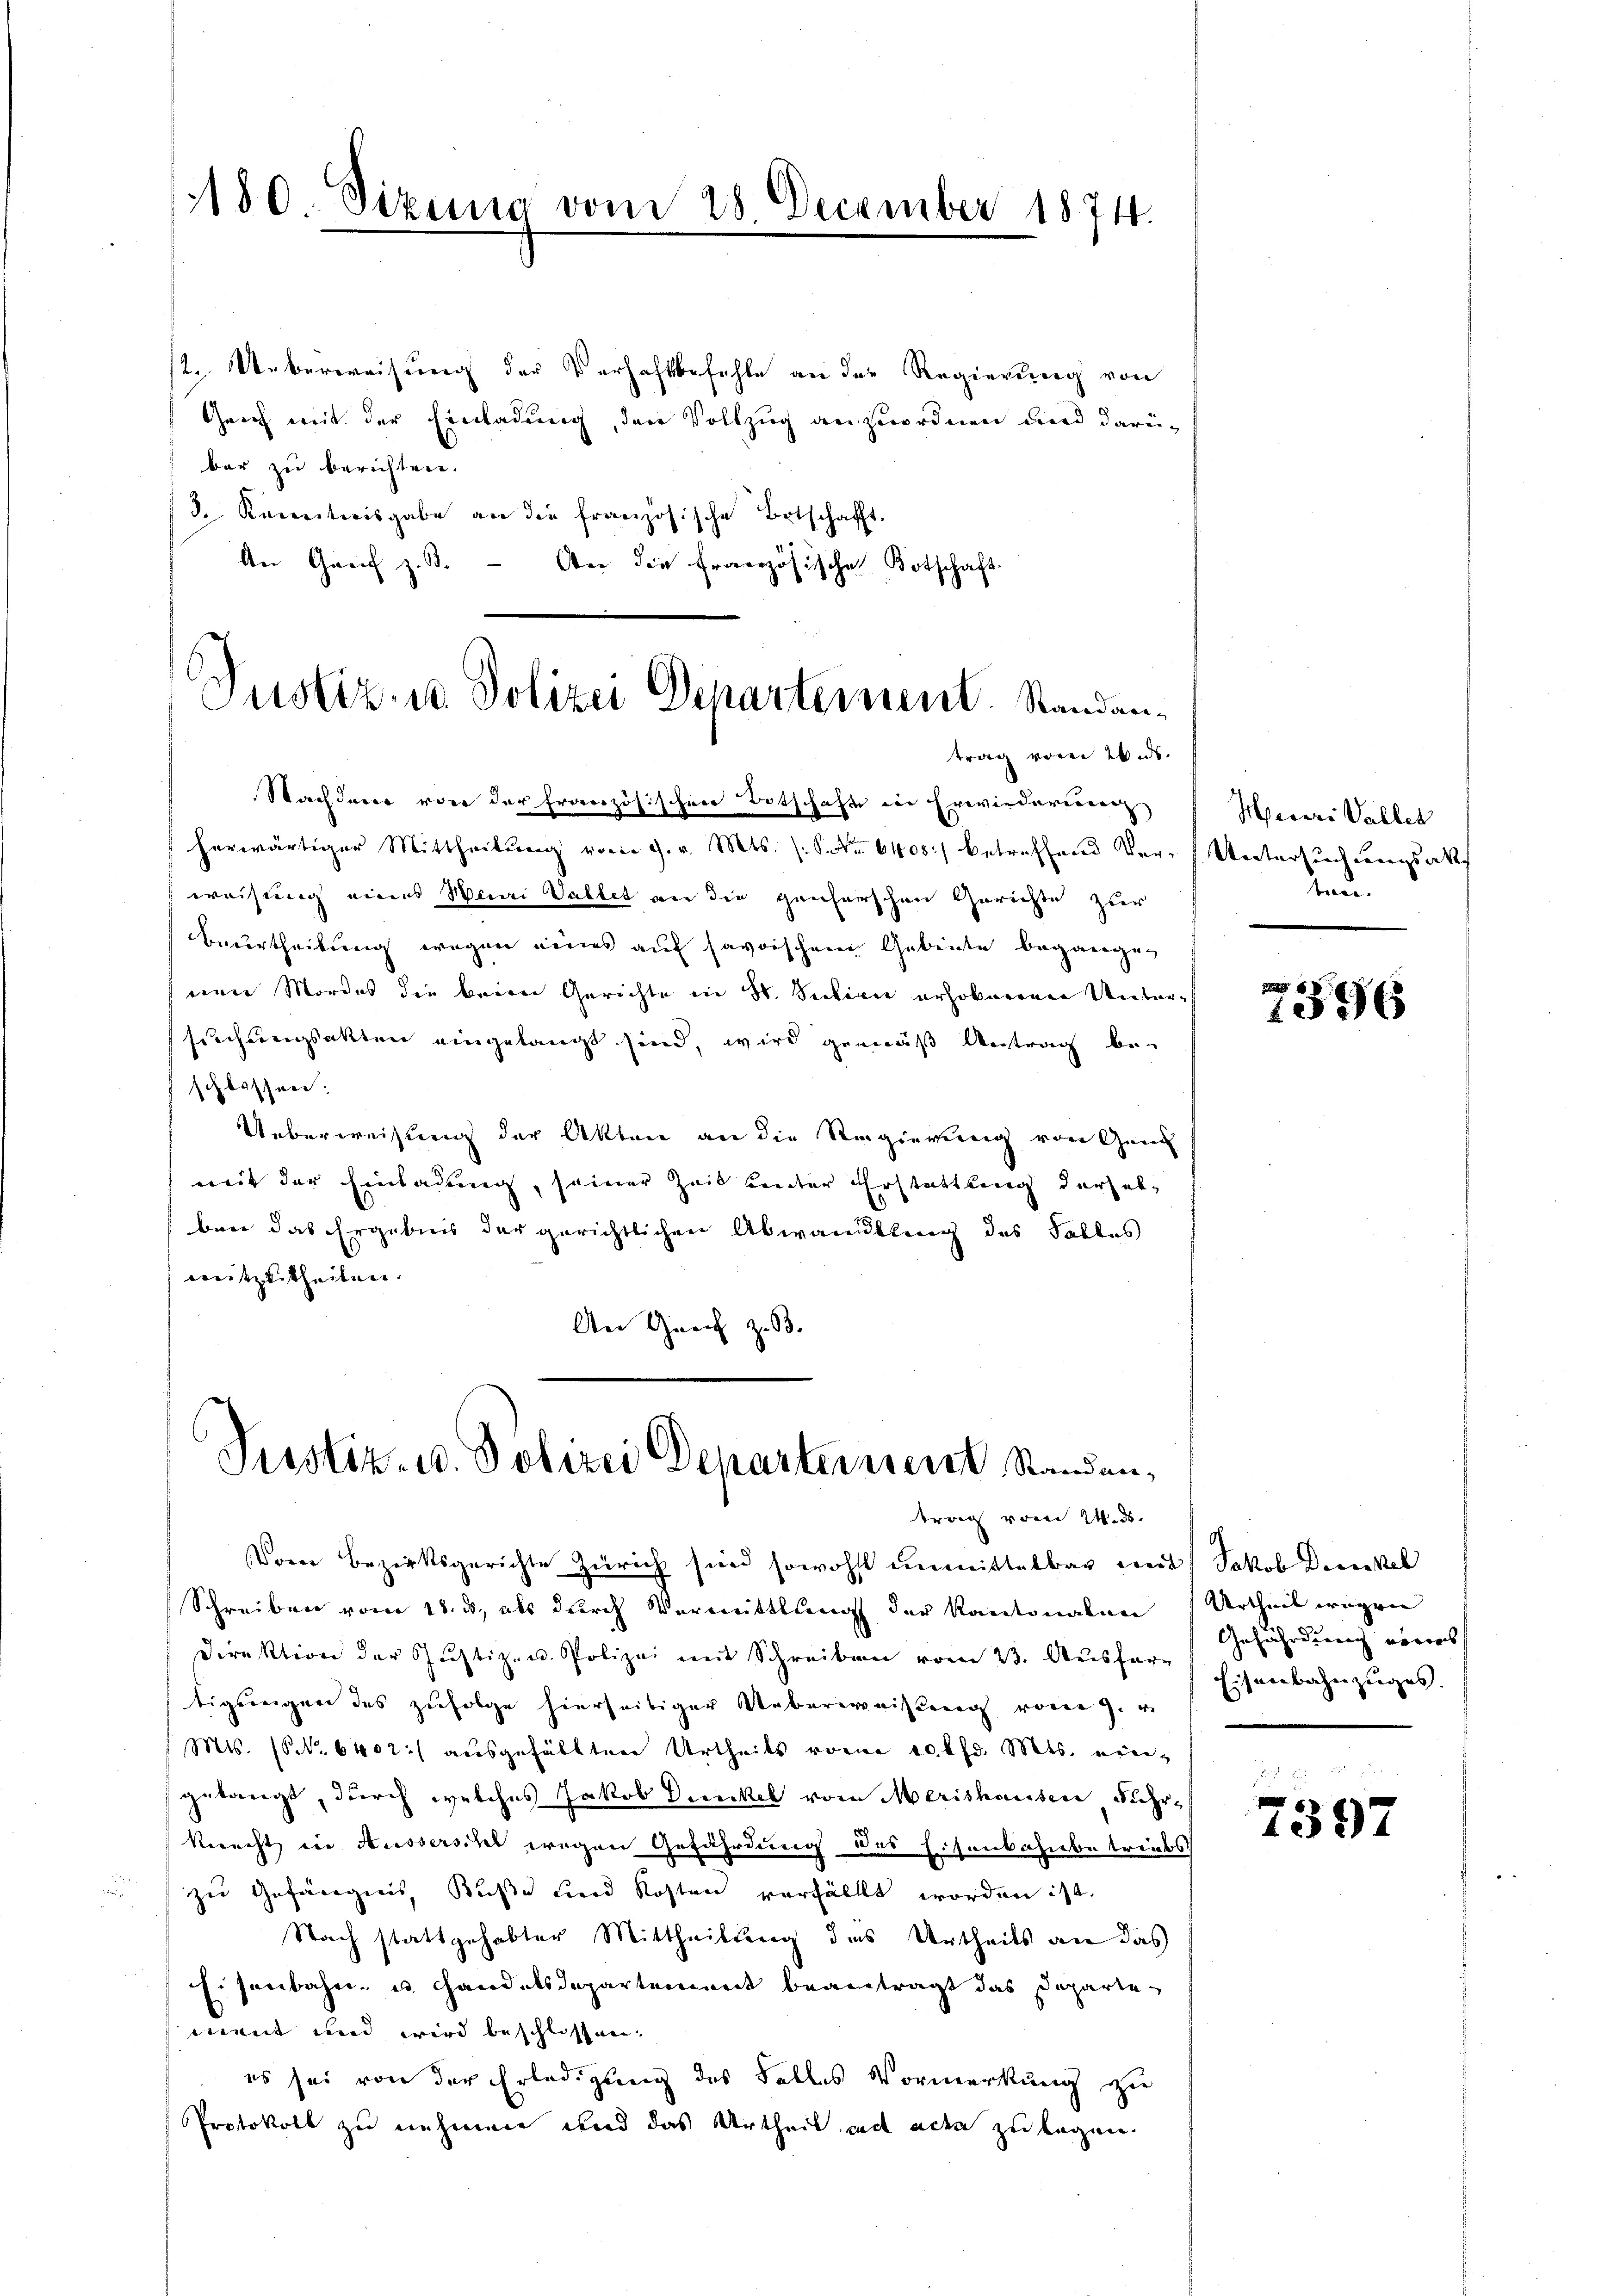
1180 Sizung vom 28. December 1874.

2. Ueberweisung der Verhaftsbefehle an der Regierung von
Geich mit der Einladung, den Vollzug anzuordnen und darü-
bar zu berichten.
3. Kenntnisgabe an die französische Botschafft.
An Graf z. B. - An die Französisches Botschaft.

Justiz u. Polizei Departernent. Standantrag vom 26. ds.

Nachderer oder der Französischen Botschaft der Erwiederieren
herwärtiger Mittheilung vom 9. v. Mts. (: S. Nr. 6408) betreffend Ver-Untersuchungsak
weisung eines Wini Vallet an die ganherrschen Gerichte zur
beurtheilung wegen eines auf savoischen Gebiete begangen
nen Mordes die beim Gerichte in H. Section erhobenen Untersuchungsakten eingelangt sind, wird gemäß Antrag beschlossen.
Ueberweisung der Akten an die Regierung von Gen
mit der Einladung, seiner Zeit Leuter Erstattung derselber das Ergebnis der gerichtlichen Abwandtling des Falles
weitzutheilen.
An Zürich z. B.

Justiz- u. Polizei Departerner Standen,
trag vom 24. d.

Vom Bezirksgerichte Zürich sind sowohl unmittelbar mit Jakob Deckel
Schreiben vom 18. ds, als durch Vermittlung der Kantonalen
Direktion der Justiz- u. Polizei mit Schreiben vom 23. Aŭsfare
tigungen des zufolge hierseitiger Ueberweisen vom 9.
 Mts. (NNo. 6402 aŭsgefällten Urtheils vom 10 Pfd. Mts. nen-
gelangt, durch welches Jakob Dunkel vom Merishausen Fuhr¬
Rerecht in Ausserschel wegen Gefährdung des Eisenbahnbetreibs
zu Gefängnis, Küße und Kosten verfällt worden ist.
Nach stattgehabter Mittheilung das Urtheils an das
Eisenbahn- u. Handelsdepartement beantragt das Departement und wird beschlossen.
es sei von der Erledigung des Falles Vormerkung zu
Protokoll zu nehmen und das Urtheil und aden zu legen.

Meiri Valler
au

5
1596

Urtheil wegen
Gefährdung vorers
Eisenbahnzuges.

7397